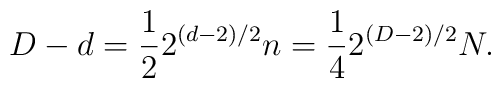
D - d = \frac{1}{2} 2^{(d-2)/2} n = \frac{1}{4} 2^{(D-2)/2} N.